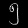
Digit: ၅